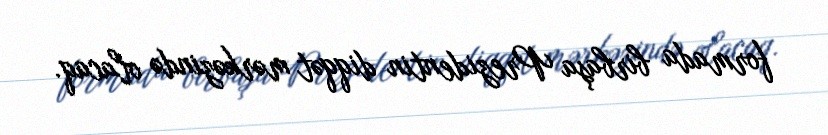
formada birbaşa Prezidentin diqqət mərkəzində olacaq.